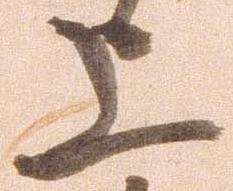
上